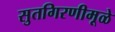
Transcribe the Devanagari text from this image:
सुतगिरणीमूळे